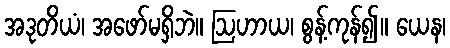
အဒုတိယံ၊ အဖော်မရှိဘဲ။ ဩဟာယ၊ စွန့်ကုန်၍။ ယေန၊